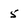
Character: 5